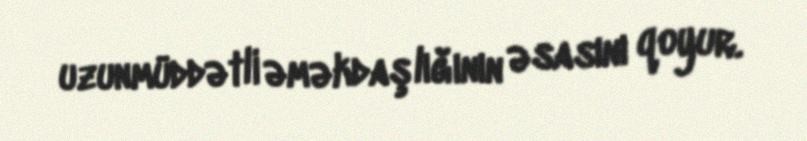
uzunmüddətli əməkdaşlığının əsasını qoyur.